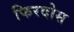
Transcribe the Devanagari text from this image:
फिरदोस